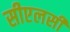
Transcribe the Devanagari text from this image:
सीएलसी